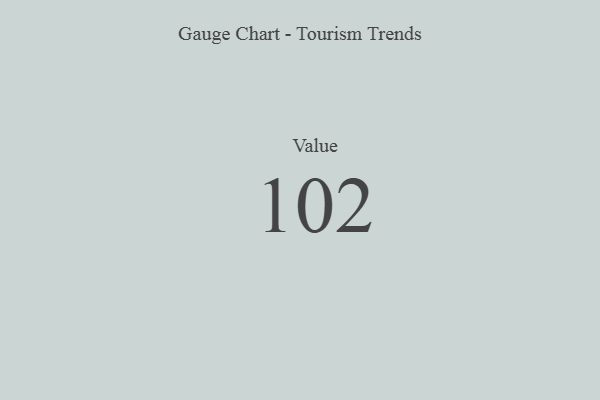
{"axis": {"x": "Metric", "y": "Value"}, "legend": [""], "data": [{"x": "Value", "y": 102, "type": ""}]}